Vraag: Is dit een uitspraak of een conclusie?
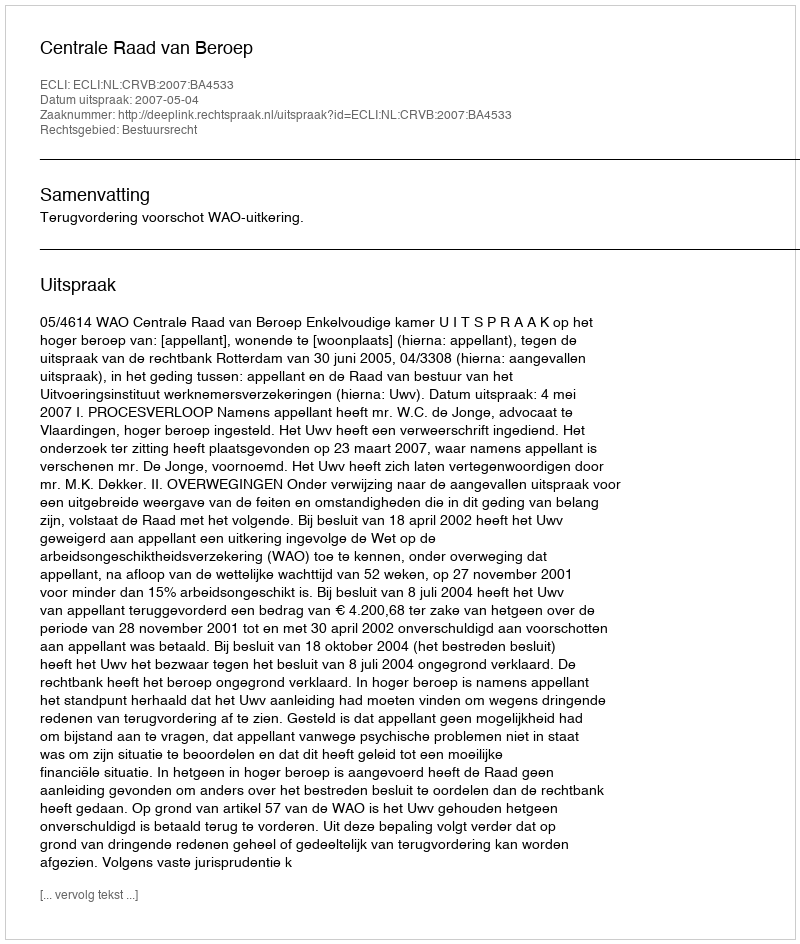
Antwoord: Uitspraak